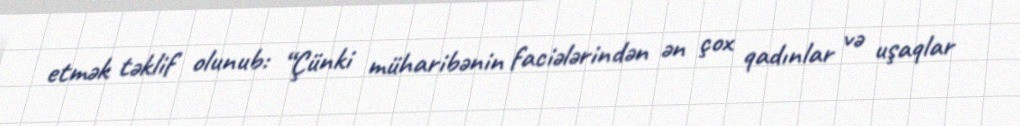
etmək təklif olunub: “Çünki müharibənin faciələrindən ən çox qadınlar və uşaqlar